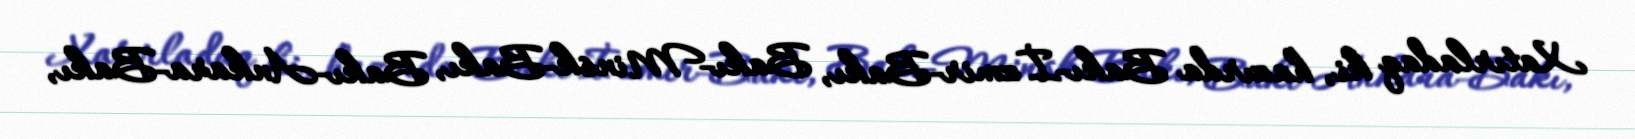
Xatırladaq ki, hazırda Bakı-İzmir-Bakı, Bakı-Minsk-Bakı, Bakı-Ankara-Bakı,